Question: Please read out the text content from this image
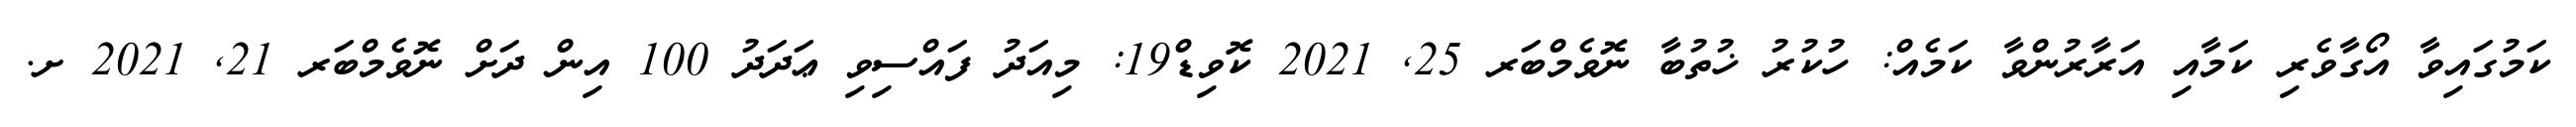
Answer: ކަމުގައިވާ އޯގާވެރި ކަމާއި އަރާރުންވާ ކަމެއް: ހުކުރު ޚުތުބާ ނޮވެމްބަރ 25, 2021 ކޮވިޑް19: މިއަދު ފައްސިވި ޢަދަދު 100 އިން ދަށް ނޮވެމްބަރ 21, 2021 ށ.